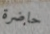
حاضرة